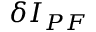
\delta I _ { P F }